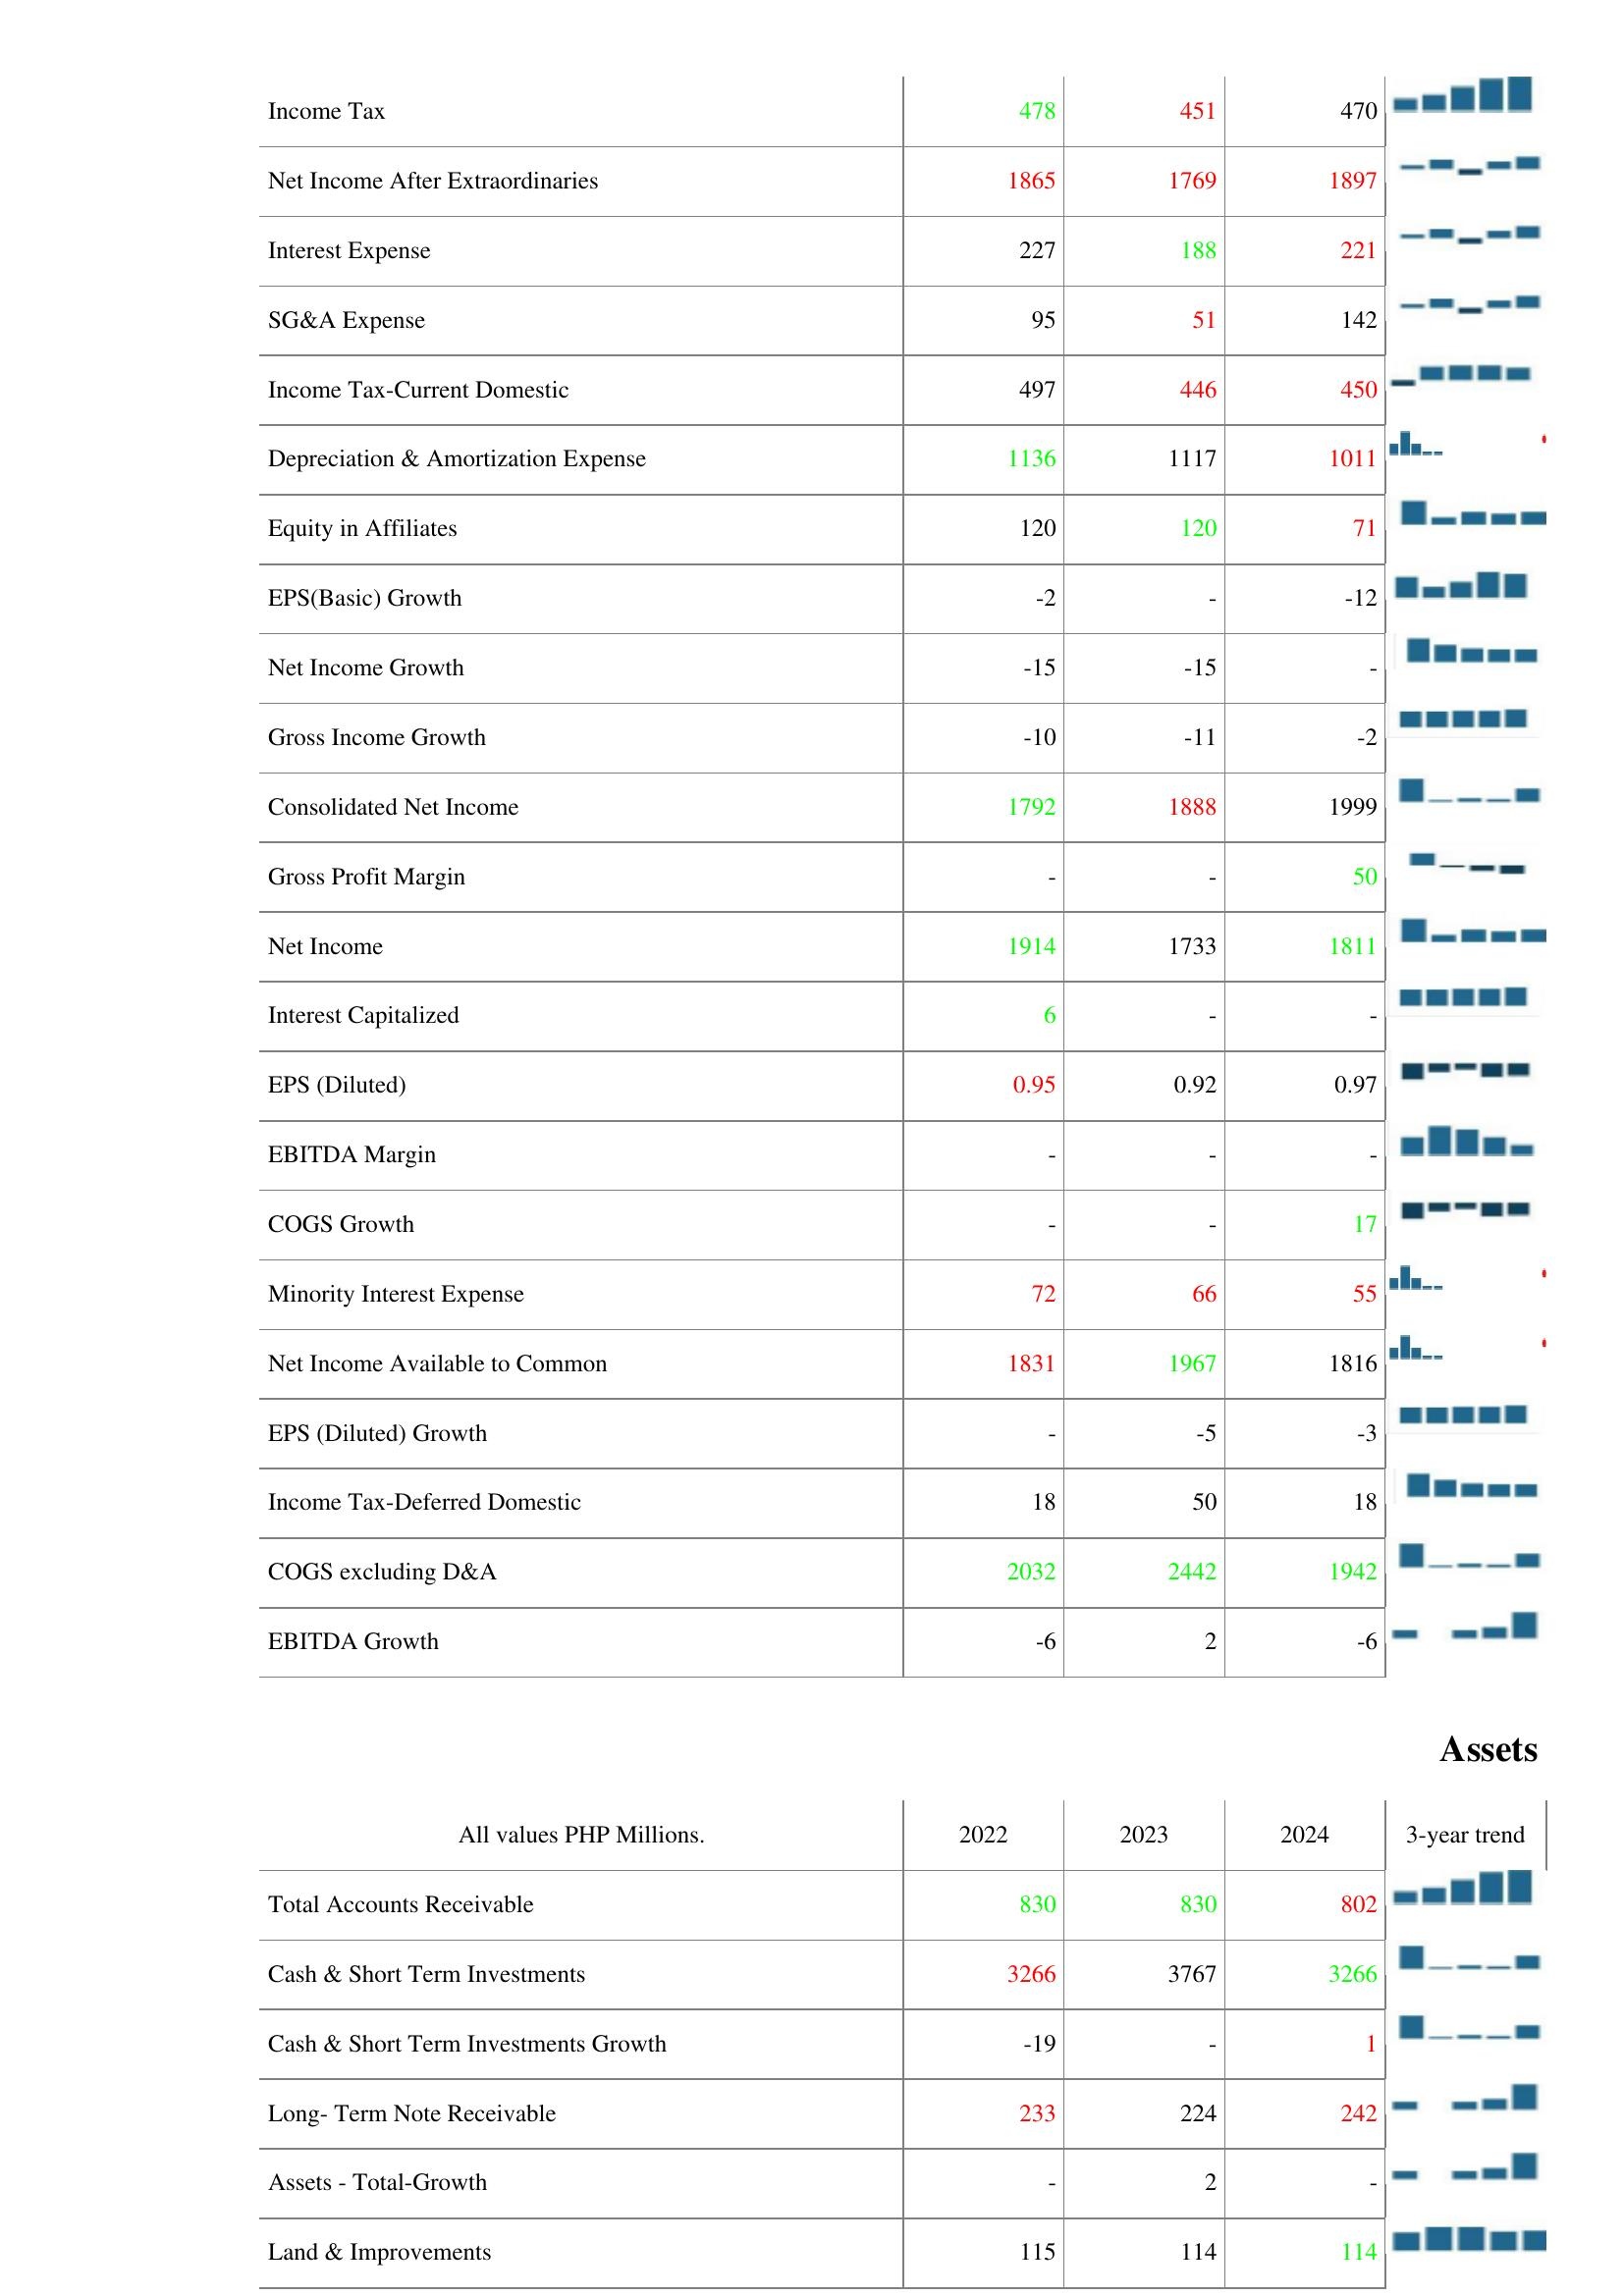
2022: : Income Tax: 478
Net Income After Extraordinaries: 1865
Interest Expense: 227
SG&A Expense: 95
Income Tax-Current Domestic: 497
Depreciation & Amortization Expense: 1136
Equity in Affiliates: 120
EPS(Basic) Growth: -2
Net Income Growth: -15
Gross Income Growth: -10
Consolidated Net Income: 1792
Gross Profit Margin: -
Net Income: 1914
Interest Capitalized: 6
EPS (Diluted): 0.95
EBITDA Margin: -
COGS Growth: -
Minority Interest Expense: 72
Net Income Available to Common: 1831
EPS (Diluted) Growth: -
Income Tax-Deferred Domestic: 18
COGS excluding D&A: 2032
EBITDA Growth: -6
Assets: Total Accounts Receivable: 830
Cash & Short Term Investments: 3266
Cash & Short Term Investments Growth: -19
Long- Term Note Receivable: 233
Assets - Total-Growth: -
Land & Improvements: 115
2023: : Income Tax: 451
Net Income After Extraordinaries: 1769
Interest Expense: 188
SG&A Expense: 51
Income Tax-Current Domestic: 446
Depreciation & Amortization Expense: 1117
Equity in Affiliates: 120
EPS(Basic) Growth: -
Net Income Growth: -15
Gross Income Growth: -11
Consolidated Net Income: 1888
Gross Profit Margin: -
Net Income: 1733
Interest Capitalized: -
EPS (Diluted): 0.92
EBITDA Margin: -
COGS Growth: -
Minority Interest Expense: 66
Net Income Available to Common: 1967
EPS (Diluted) Growth: -5
Income Tax-Deferred Domestic: 50
COGS excluding D&A: 2442
EBITDA Growth: 2
Assets: Total Accounts Receivable: 830
Cash & Short Term Investments: 3767
Cash & Short Term Investments Growth: -
Long- Term Note Receivable: 224
Assets - Total-Growth: 2
Land & Improvements: 114
2024: : Income Tax: 470
Net Income After Extraordinaries: 1897
Interest Expense: 221
SG&A Expense: 142
Income Tax-Current Domestic: 450
Depreciation & Amortization Expense: 1011
Equity in Affiliates: 71
EPS(Basic) Growth: -12
Net Income Growth: -
Gross Income Growth: -2
Consolidated Net Income: 1999
Gross Profit Margin: 50
Net Income: 1811
Interest Capitalized: -
EPS (Diluted): 0.97
EBITDA Margin: -
COGS Growth: 17
Minority Interest Expense: 55
Net Income Available to Common: 1816
EPS (Diluted) Growth: -3
Income Tax-Deferred Domestic: 18
COGS excluding D&A: 1942
EBITDA Growth: -6
Assets: Total Accounts Receivable: 802
Cash & Short Term Investments: 3266
Cash & Short Term Investments Growth: 1
Long- Term Note Receivable: 242
Assets - Total-Growth: -
Land & Improvements: 114